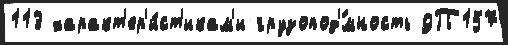
113 характ'ер'и́ст'икам'и грузопод'́мность 9П157